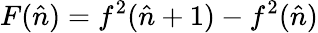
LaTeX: F(\hat{n})=f^{2}(\hat{n}+1)-f^{2}(\hat{n})